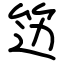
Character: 笾